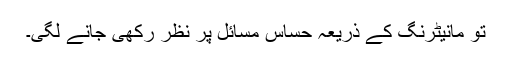
تو مانیٹرنگ کے ذریعہ حساس مسائل پر نظر رکھی جانے لگی۔